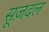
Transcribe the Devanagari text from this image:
सूज़दल